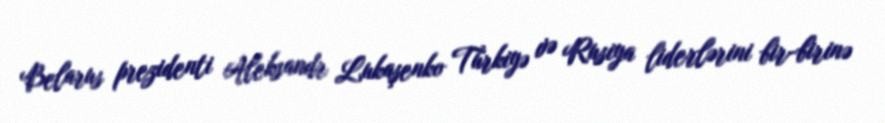
Belarus prezidenti Aleksandr Lukaşenko Türkiyə və Rusiya liderlərini bir-birinə